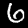
Digit: 6